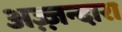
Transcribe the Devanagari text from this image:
अज़्ज़न्दारा